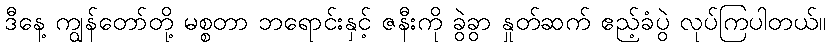
ဒီနေ့ ကျွန်တော်တို့ မစ္စတာ ဘရောင်းနှင့် ဇနီးကို ခွဲခွာ နှုတ်ဆက် ဧည့်ခံပွဲ လုပ်ကြပါတယ်။